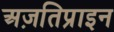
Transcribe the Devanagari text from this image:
अज़तिप्राइन